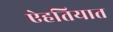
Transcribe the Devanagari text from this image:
ऐहतियात